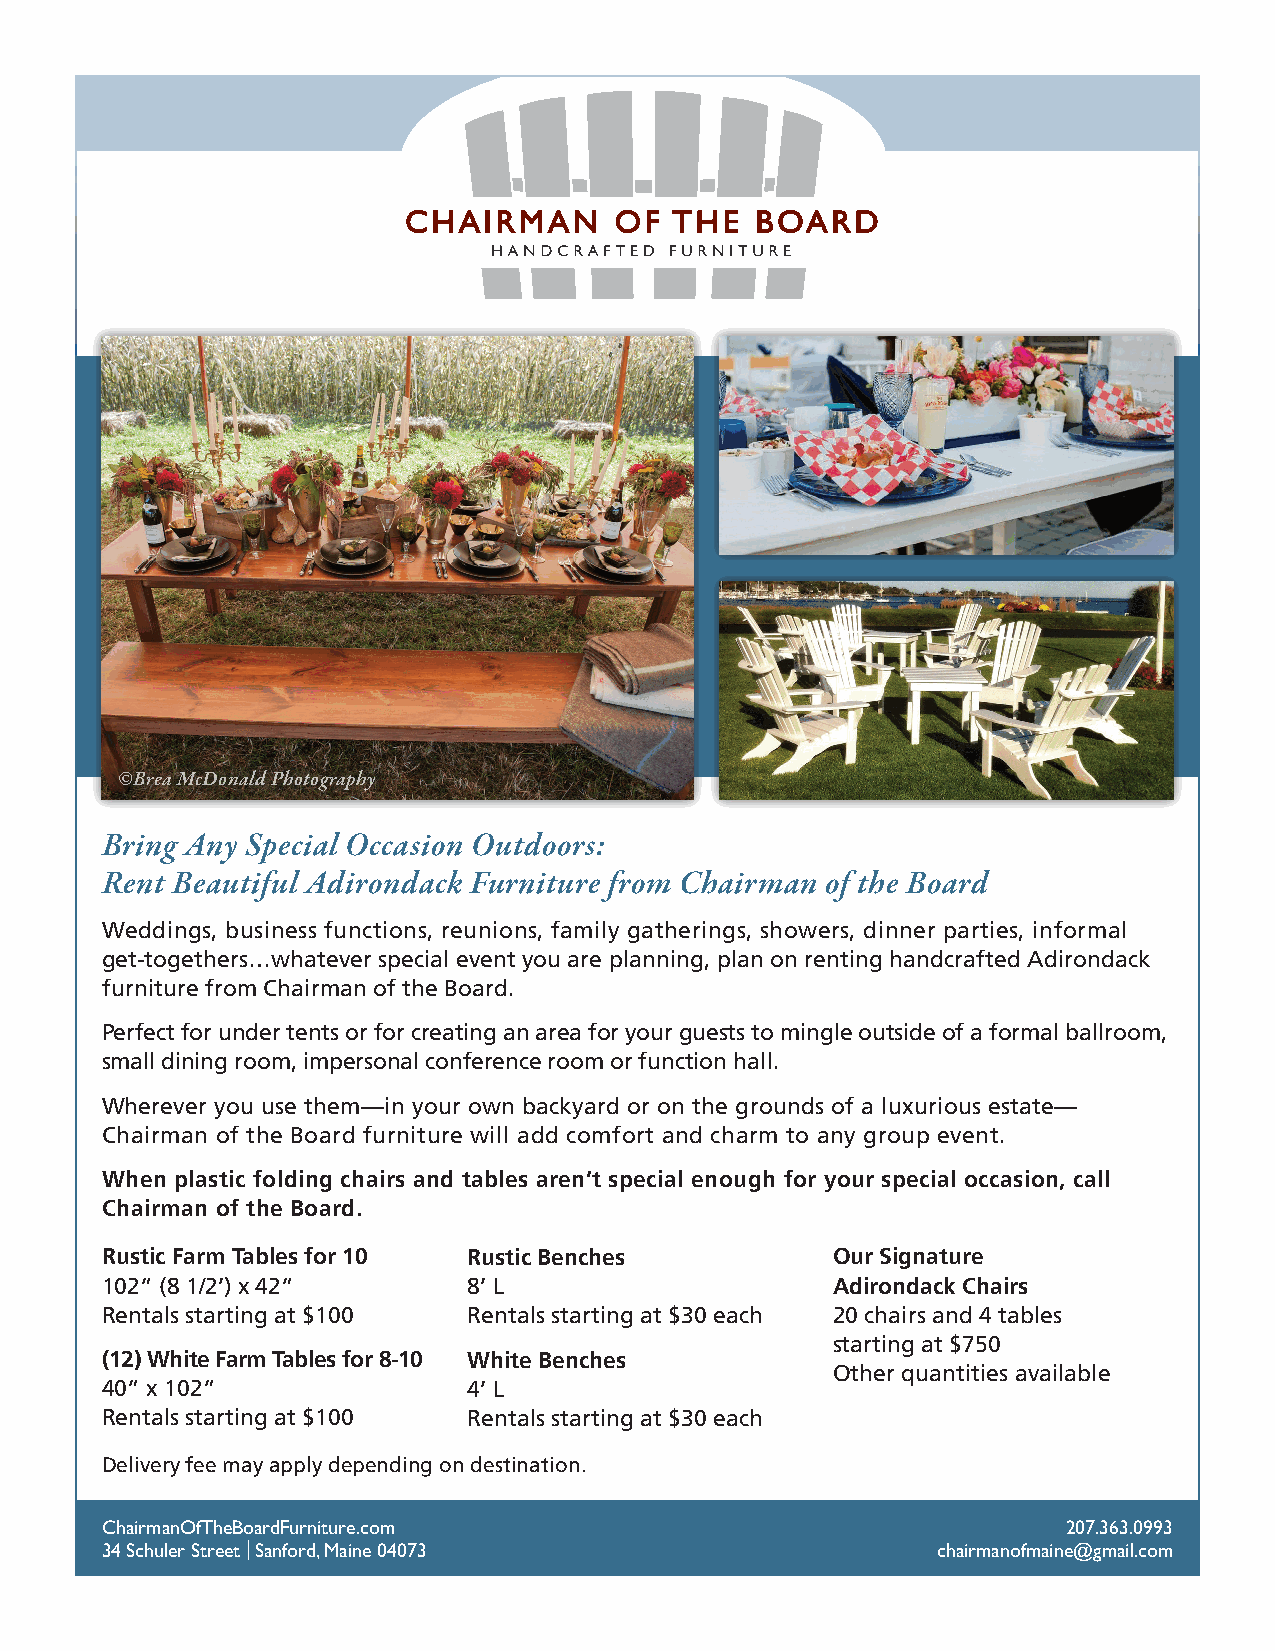
©Brea McDonald Photography
 Bring Any Special Occasion Outdoors:
 Rent Beautiful Adirondack Furniture from Chairman of the Board
 Weddings, business functions, reunions, family gatherings, showers, dinner parties, informal
 get-togethers…whatever special event you are planning, plan on renting handcrafted Adirondack
 furniture from Chairman of the Board.
 Perfect for under tents or for creating an area for your guests to mingle outside of a formal ballroom,
 small dining room, impersonal conference room or function hall.
 Wherever you use them—in your own backyard or on the grounds of a luxurious estate—
 Chairman of the Board furniture will add comfort and charm to any group event.
 When plastic folding chairs and tables aren’t special enough for your special occasion, call
 Chairman of the Board.
 Rustic Farm Tables for 10 Rustic Benches        Our Signature
 102” (8 1/2’) x 42”     8’ L                    Adirondack Chairs
 Rentals starting at $100 Rentals starting at $30 each 20 chairs and 4 tables
 starting at $750
 (12) White Farm Tables for 8-10 White Benches
 Other quantities available
 40” x 102”              4’ L
 Rentals starting at $100 Rentals starting at $30 each
 Delivery fee may apply depending on destination.
 ChairmanOfTheBoardFurniture.com                                 207.363.0993
 34 Schuler Street | Sanford, Maine 04073               chairmanofmaine@gmail.com